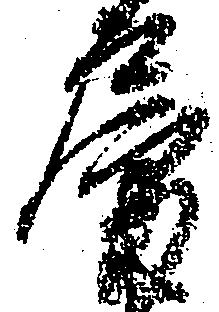
房